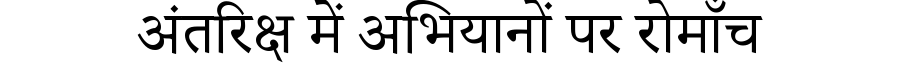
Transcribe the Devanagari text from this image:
अंतरिक्ष में अभियानों पर रोमाँच